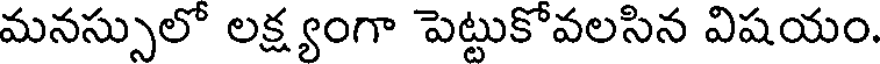
మనస్సులో లక్ష్యంగా పెట్టుకోవలసిన విషయం.